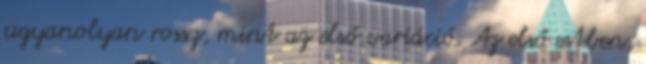
ugyanolyan rossz, mint az első variáció. Az első estben,